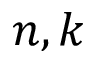
n , k